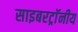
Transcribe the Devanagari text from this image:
साइबरट्राॅनीय